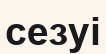
сезуі